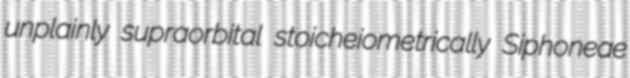
unplainly supraorbital stoicheiometrically Siphoneae